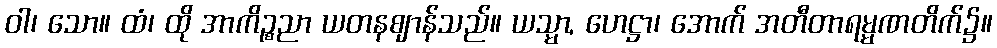
ဝါ၊ သော။ ထံ၊ ထို အာကိဉ္စညာ ယတနဈာန်သည်။ ယသ္မာ, ဟေဋ္ဌာ၊ အောက် အတီတာရမ္မဏတိက်၌။